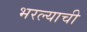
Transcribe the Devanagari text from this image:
भरल्याची